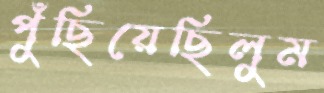
পুঁছিয়েছিলুম